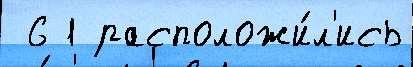
 6 1 расположи́л'ись